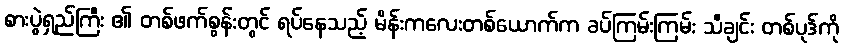
စားပွဲရှည်ကြီး ၏ တစ်ဖက်စွန်းတွင် ရပ်နေသည့် မိန်းကလေးတစ်ယောက်က ခပ်ကြမ်းကြမ်း သီချင်း တစ်ပုဒ်ကို